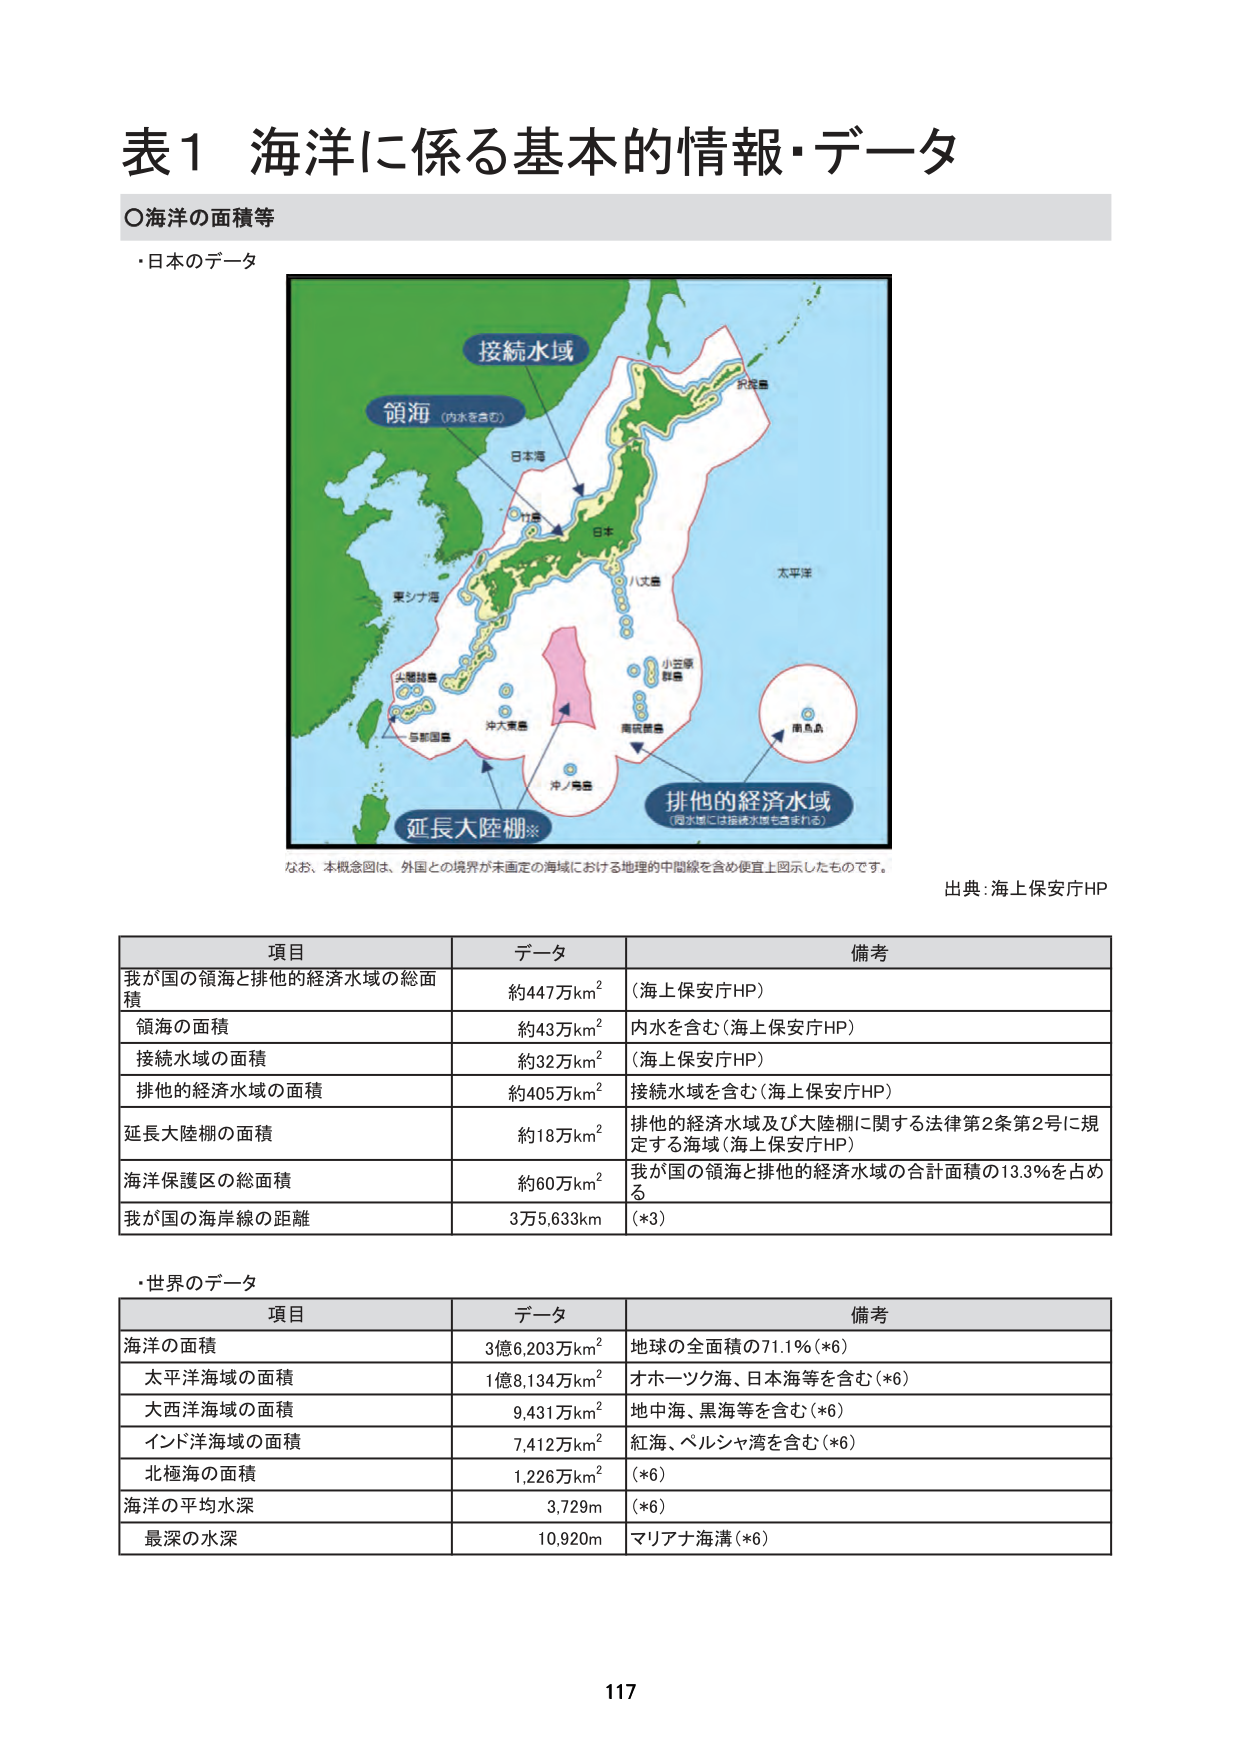
表1 海洋に係る基本的情報・データ
〇海洋の面積等
・日本のデータ

接続水域
領海（内水を含む）
日本海
東シナ海
沖大東島
尖閣諸島
与那国島
沖ノ鳥島
小笠原諸島
八丈島
南鳥島
南硫黄島
日本
太平洋
排他的経済水域
（同水域には接続水域も含まれる）
延長大陸棚※

なお、本概念図は、外国との境界が未固定の海域における地理的中間線を含め便宜上図示したものです。
出典：海上保安庁HP

項目 データ 備考
我が国の領海と排他的経済水域の総面積 約447万km² （海上保安庁HP）
領海の面積 約43万km² 内水を含む（海上保安庁HP）
接続水域の面積 約32万km² （海上保安庁HP）
排他的経済水域の面積 約405万km² 接続水域を含む（海上保安庁HP）
延長大陸棚の面積 約18万km² 排他的経済水域及び大陸棚に関する法律第2条第2号に規定する海域（海上保安庁HP）
海洋保護区の総面積 約60万km² 我が国の領海と排他的経済水域の合計面積の13.3％を占める
我が国の海岸線の距離 3万5,633km （*3）

・世界のデータ

項目 データ 備考
海洋の面積 3億6,203万km² 地球の全面積の71.1％（*6）
太平洋海域の面積 1億8,134万km² オホーツク海、日本海等を含む（*6）
大西洋海域の面積 9,431万km² 地中海、黒海等を含む（*6）
インド洋海域の面積 7,412万km² 紅海、ペルシャ湾を含む（*6）
北極海の面積 1,226万km² （*6）
海洋の平均水深 3,729m （*6）
最深の水深 10,920m マリアナ海溝（*6）

117